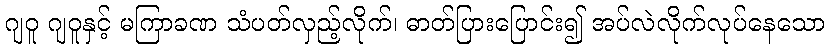
ဂျဝူ ဂျဝူနှင့် မကြာခဏ သံပတ်လှည့်လိုက်၊ ဓာတ်ပြားပြောင်း၍ အပ်လဲလိုက်လုပ်နေသော